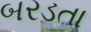
બરડતા